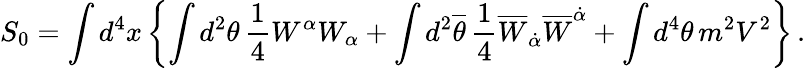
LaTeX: S_{0}=\int d^{4}x\left\{ \int d^{2}\theta\, \frac{1}{4}W^{\alpha}W_{\alpha}+\int d^{2}{\overline{{\theta}}}\, \frac{1}{4}{\overline{{W}}}_{\dot{\alpha}}{\overline{{W}}}^{\dot{\alpha}}+\int d^{4}\theta\, m^{2}V^{2}\right\} \, .